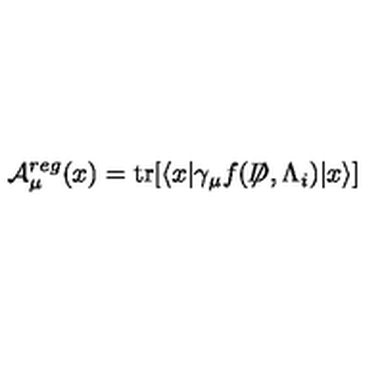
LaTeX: { \cal A } _ { \mu } ^ { r e g } ( x ) = \mathrm { t r } [ \langle x | \gamma _ { \mu } f ( { \not \! \! D } , { \Lambda _ { i } } ) | x \rangle ]